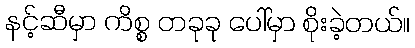
နင့်ဆီမှာ ကိစ္စ တခုခု ပေါ်မှာ စိုးခဲ့တယ်။